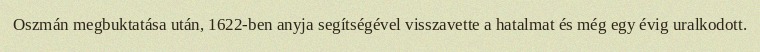
Oszmán megbuktatása után, 1622-ben anyja segítségével visszavette a hatalmat és még egy évig uralkodott.